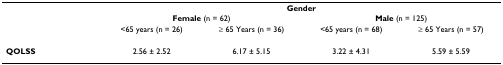
<table><thead><tr><td></td><td colspan="4"><b>Gender</b></td></tr><tr><td></td><td colspan="2"><b>Female (n = 62)</b></td><td colspan="2"><b>Male (n = 125)</b></td></tr><tr><td></td><td><b>&lt;65 years (n = 26)</b></td><td><b>≥ 65 Years (n = 36)</b></td><td><b>&lt;65 years (n = 68)</b></td><td><b>≥ 65 Years (n = 57)</b></td></tr></thead><tbody><tr><td><b>QOLSS</b></td><td>2.56 ± 2.52</td><td>6.17 ± 5.15</td><td>3.22 ± 4.31</td><td>5.59 ± 5.59</td></tr></tbody></table>